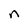
Character: n